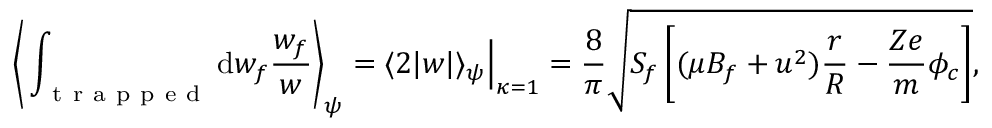
\Bigg \langle \int _ { \mathrm { ~ t ~ r ~ a ~ p ~ p ~ e ~ d ~ } } \mathrm { d } w _ { f } \frac { w _ { f } } { w } \Bigg \rangle _ { \psi } = \langle 2 | w | \rangle _ { \psi } \Big \rvert _ { \kappa = 1 } = \frac { 8 } { \pi } \sqrt { S _ { f } \left[ ( \mu B _ { f } + u ^ { 2 } ) \frac { r } { R } - \frac { Z e } { m } \phi _ { c } \right] } ,